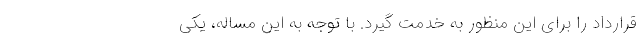
قرارداد را برای این منظور به خدمت گیرد. با توجه به این مساله، یکی